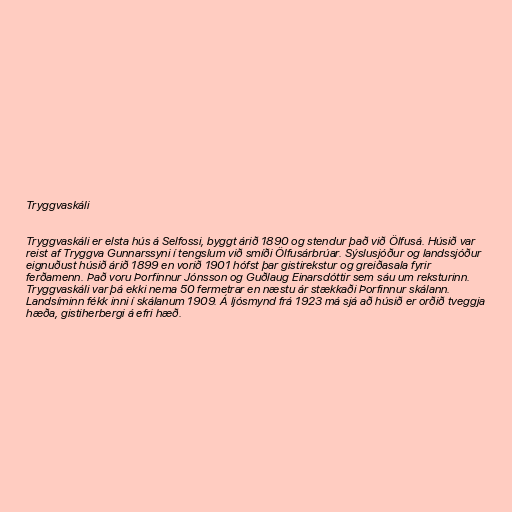
Tryggvaskáli

Tryggvaskáli er elsta hús á Selfossi, byggt árið 1890 og stendur það við Ölfusá. Húsið var
reist af Tryggva Gunnarssyni í tengslum við smíði Ölfusárbrúar. Sýslusjóður og landssjóður
eignuðust húsið árið 1899 en vorið 1901 hófst þar gistirekstur og greiðasala fyrir
ferðamenn. Það voru Þorfinnur Jónsson og Guðlaug Einarsdóttir sem sáu um reksturinn.
Tryggvaskáli var þá ekki nema 50 fermetrar en næstu ár stækkaði Þorfinnur skálann.
Landsíminn fékk inni í skálanum 1909. Á ljósmynd frá 1923 má sjá að húsið er orðið tveggja
hæða, gistiherbergi á efri hæð.